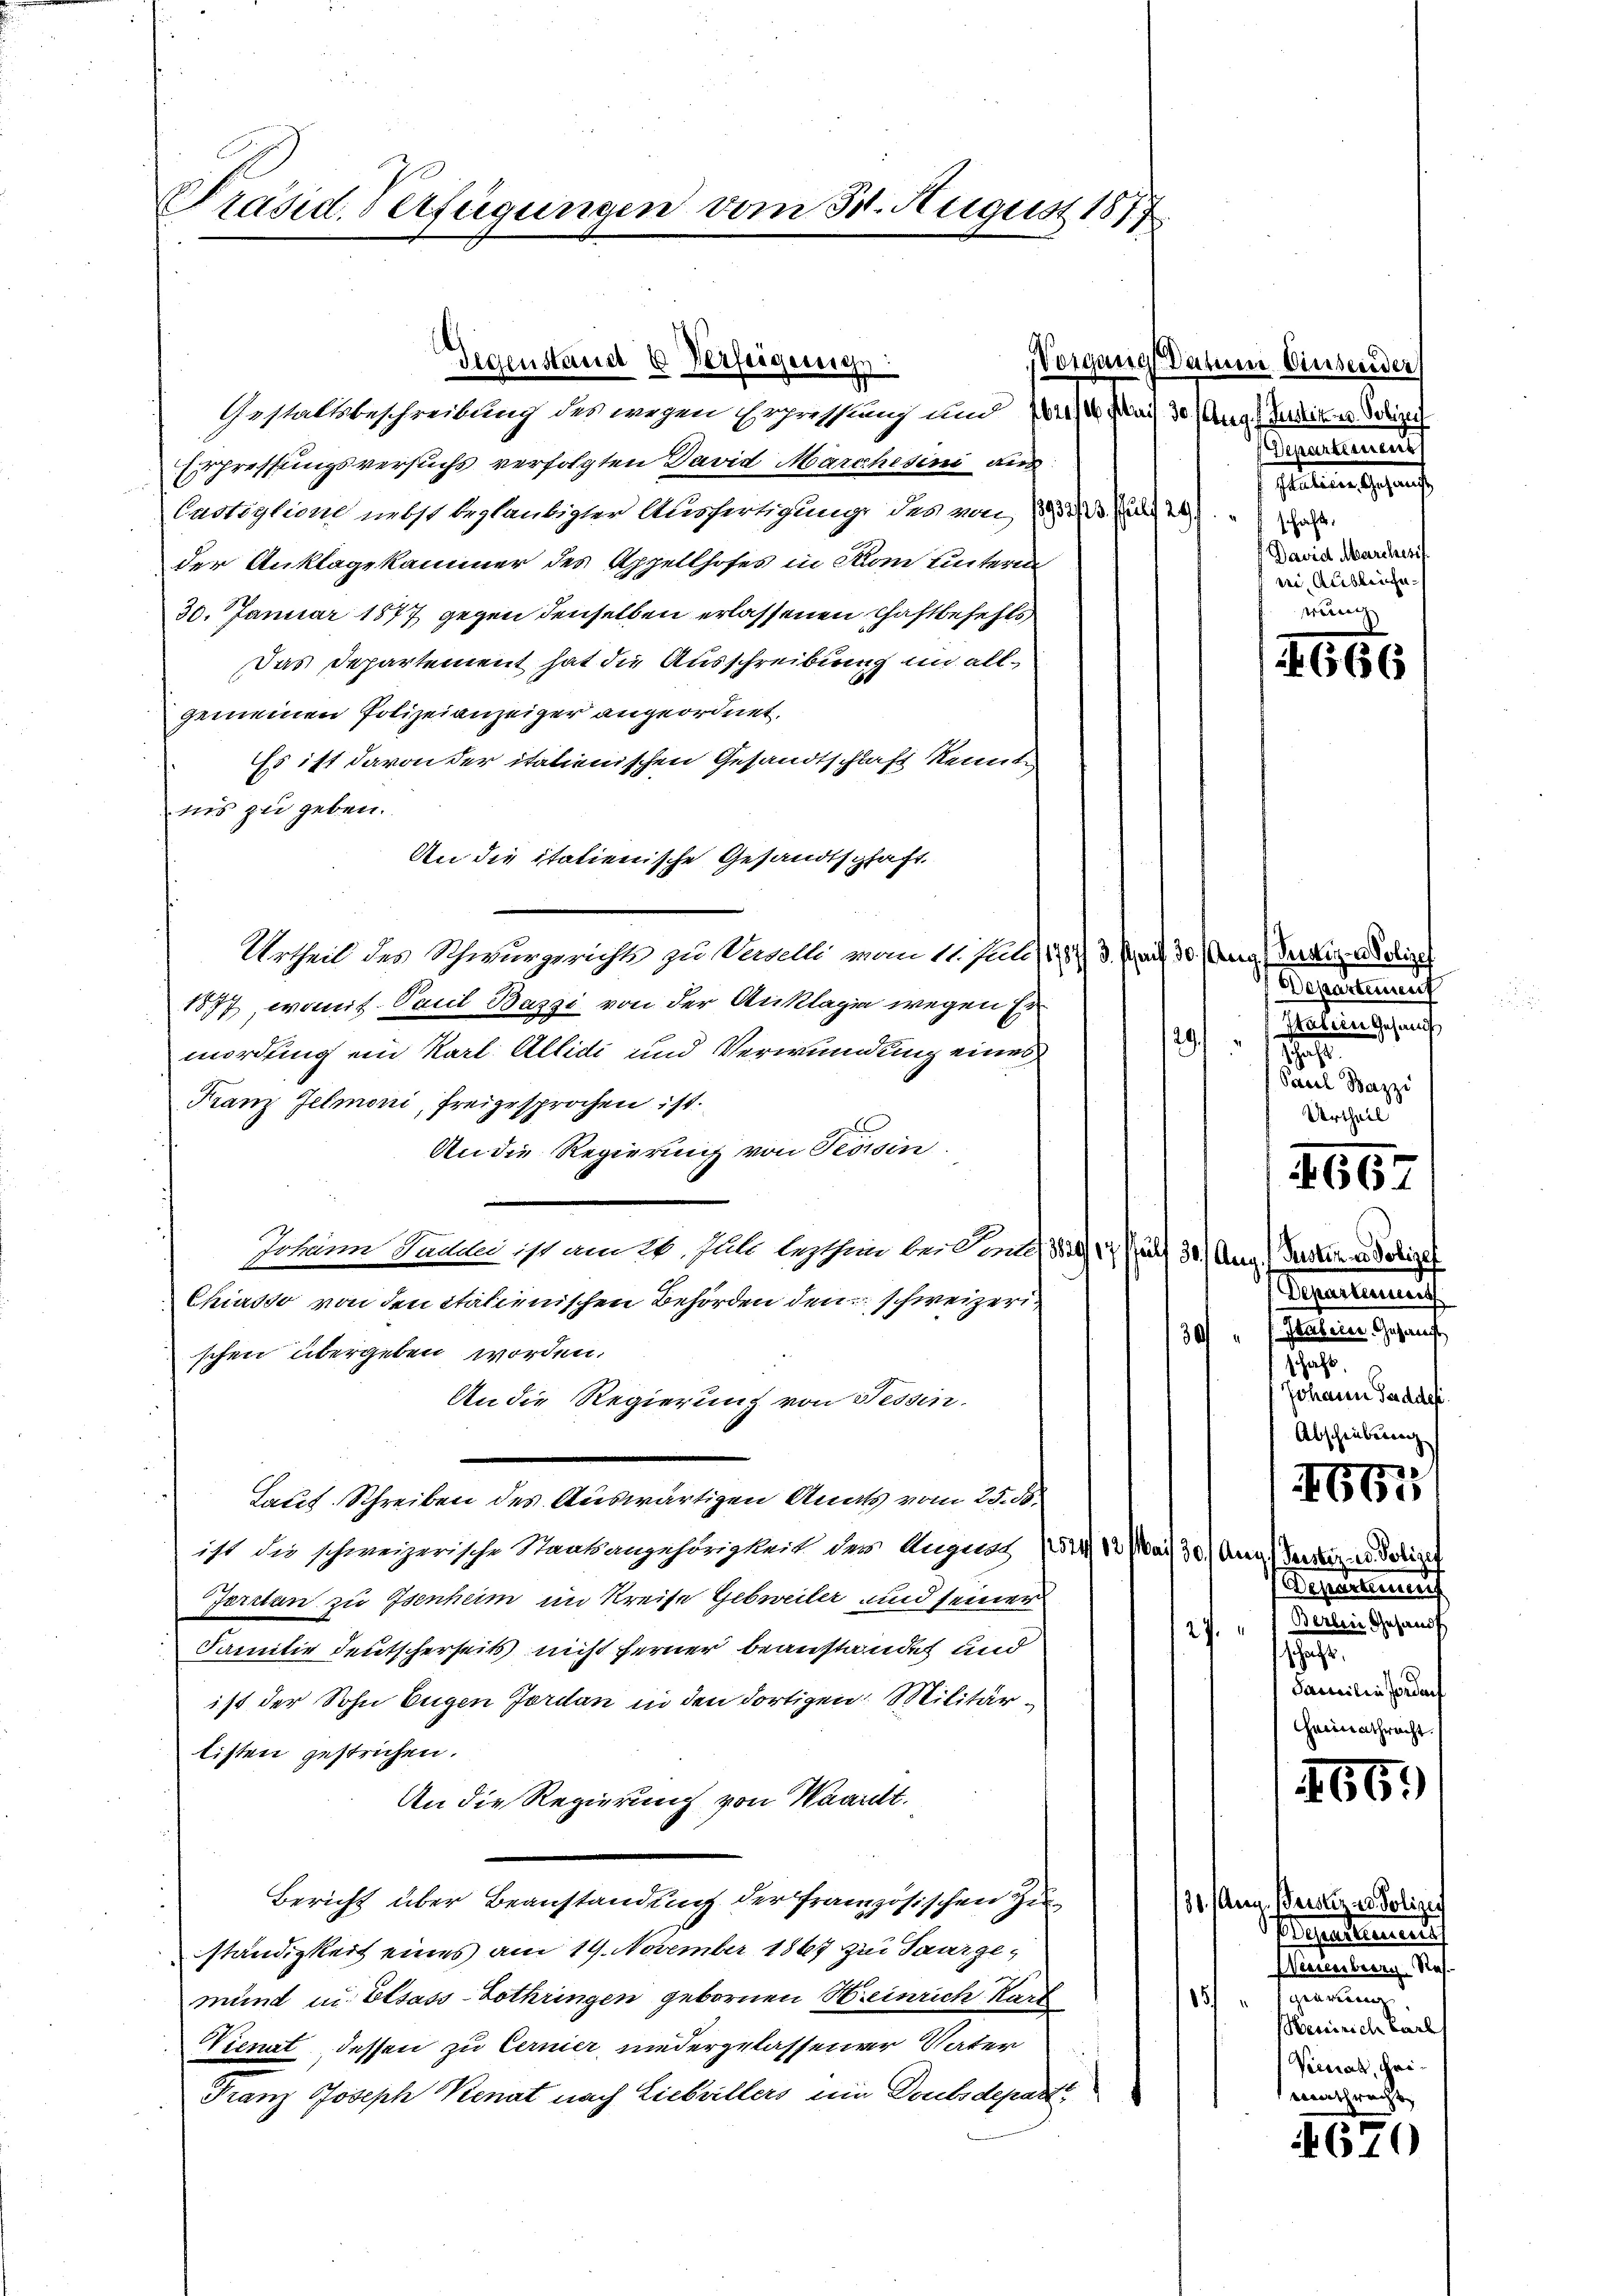
Präsid. Verfügungen vom 30. August 1877.

Gegenstand & Verfeigung:

Gestaltsbeschreibung des wegen Erpriffnung und 14. Mais 30 Aug. Zudia u. Idizi
Erpressungsversuchs verfolgten David Marchesimi aus
Custiglione nebst beglaubigter Ausfertigung des von 20.
der Anklagekammer des Appellhofes in Kom unterm
30. Januar 1877 gegen denselben erlassenen Chaftbefehls
Das Departement hat die Ausschreibung im allgemeinen Polizeianzeiger angeordnet.
Es ist davon der italienischen Gesandtschlaf kennt
ins zu geben.
An die italienische Gesandtschaft
Urtheil des Schwurgerichts zu Warelli vom 11. Juni 1881/3. auf 30 Aug, Predig nichisch
1877, womit Paul Bassi von der Anklagen wegen Es
mordung ein Karl Allidi und Verwundung eines
Franz Jelmoni, freigesprochen ist.
An die Regierung von Tessin.
Johann Paddei ist am 26. Juli lezthin bei int
Chiasso von den italienischen Behörden den schweizerig
schen übergeben worden.
An die Regierung von Tessin.
Lauf. Schreiben des Auswärtigen Anats vom 25. ds.
ist die schweizerische Staatsangehörigkeit der Augung (514/12 /Mai/30) Anna Sentiren Polizey
Jeritan zu Isenheim im Kreise Gebreiter und seiner
Familie deutscherseits nicht ferner beanstandet und
ist der Sohn Eugen Forden in den dortigen Militärlisten gestrichen.
An die Regierung von Waardt.
Bericht über Beanstandung der französischen H
ständigkeit eines am 19. November 1867 zu Saargemünd in Elsass-Lothringen gebornen Heinrich Kart
Vienat, dessen zu Cernier niedergelassener Vater
Franz Joseph Kienat nach Liebvillers ein Doubsdepart

Vorgang Datum diesender
Departement
Italinie Gesandt
David Marches
bei Ausleihe

666

Departement
Platein Gesandt
129
1
Pacel Bazzi
Urtheil

166.

ulf 30. Aug. Pusterer Polize
Departement
30) " " Salein Gesandt
schaft,
Johann Gaddes.
Abschiebung

17

egereinauf
Berlin Gesandt
27.
s
Samilie Fordent
harinathracht.

66

130. Aug. Beistiz - Polizei
Flegen Semmen
Weesenberg Res.
2

Veenat, Heimathrecht

1670